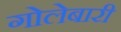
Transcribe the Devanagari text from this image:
गोलेबारी